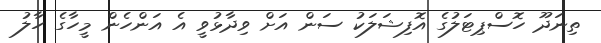
ތިނަދޫ ހޮސްޕިޓަލުގެ އޮފިޝަލަކު ސަން އަށް ވިދާޅުވީ އެ އަންހެން މީހާގެ ހާލު